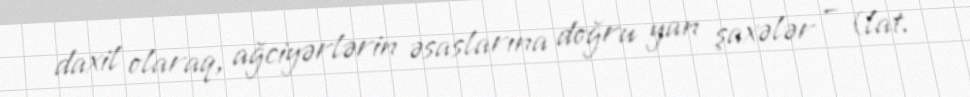
daxil olaraq, ağciyərlərin əsaslarına doğru yan şaxələr – (lat.